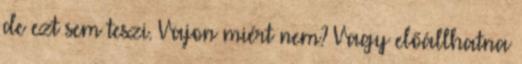
de ezt sem teszi. Vajon miért nem? Vagy előállhatna